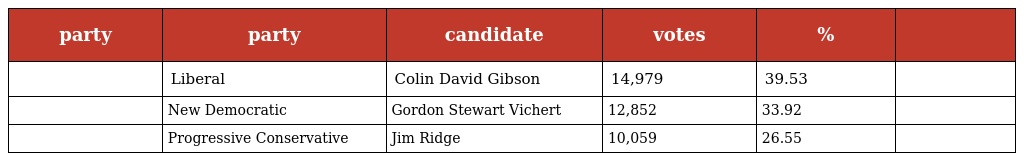
| party | party | candidate | votes | % |  |
 | --- | --- | --- | --- | --- | --- |
 |  | Liberal | Colin David Gibson | 14,979 | 39.53 |  |
 |  | New Democratic | Gordon Stewart Vichert | 12,852 | 33.92 |  |
 |  | Progressive Conservative | Jim Ridge | 10,059 | 26.55 |  |